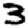
Digit: 3